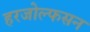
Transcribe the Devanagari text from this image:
हरजोल्फसन